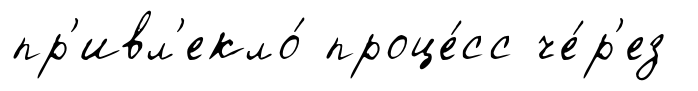
пр'ивл'екло́ проце́сс че́р'ез